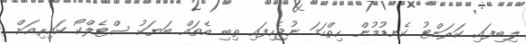
ލިބިފައި. ކަރަންޓު ކެނޑުމުން ހިތްހަމަ ނުޖެހިފައި ތިބި އެތައް ބަޔަކު ސްޓެލްކޯ ކައިރިއަށް